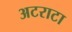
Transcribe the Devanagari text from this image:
अटराटा